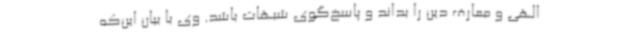
الهی و معارف دین را بداند و پاسخ‌گوی شبهات باشد. وی با بیان این‌که